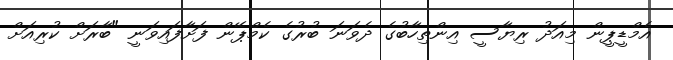
އެމްޑީޕީން މިއަދު ރިޔާސީ އިންތިހާބުގެ ދެވަނަ ބުރުގެ ކެމްޕޭން ފަށާފައިވަނީ "ބާރަށް ކުރިއަށް